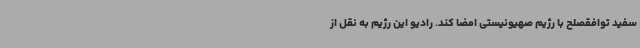
سفید توافقصلح با رژیم صهیونیستی امضا کند. رادیو این رژیم به نقل از